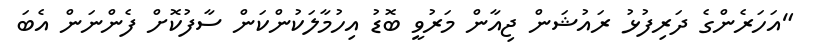
"އަހަރެންގެ ދަރިފުޅު ރައުޝަން ޖިއާން މަރުވީ ބޮޑު އިހުމާލަކުންކަން ސާފުކޮށް ފެންނަން އެބަ